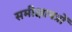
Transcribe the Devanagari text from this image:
समीक्षापत्रों